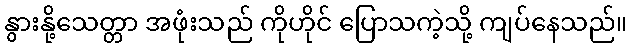
နွားနို့သေတ္တာ အဖုံးသည် ကိုဟိုင် ပြောသကဲ့သို့ ကျပ်နေသည်။